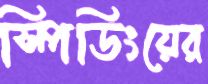
স্পিডিংয়ের